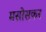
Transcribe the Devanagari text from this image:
मसोसकर